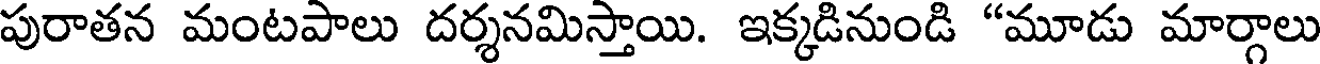
పురాతన మంటపాలు దర్శనమిస్తాయి. ఇక్కడినుండి "మూడు మార్గాలు